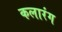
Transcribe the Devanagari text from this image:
कलारंग